Bréfritari: Halldór Pétursson
Viðtakandi: Jón Borgfirðingur
Dagsetning: A-1862-05-13
Skrifað á: Illugastöðum í Fnjóskadal  S-Þing.

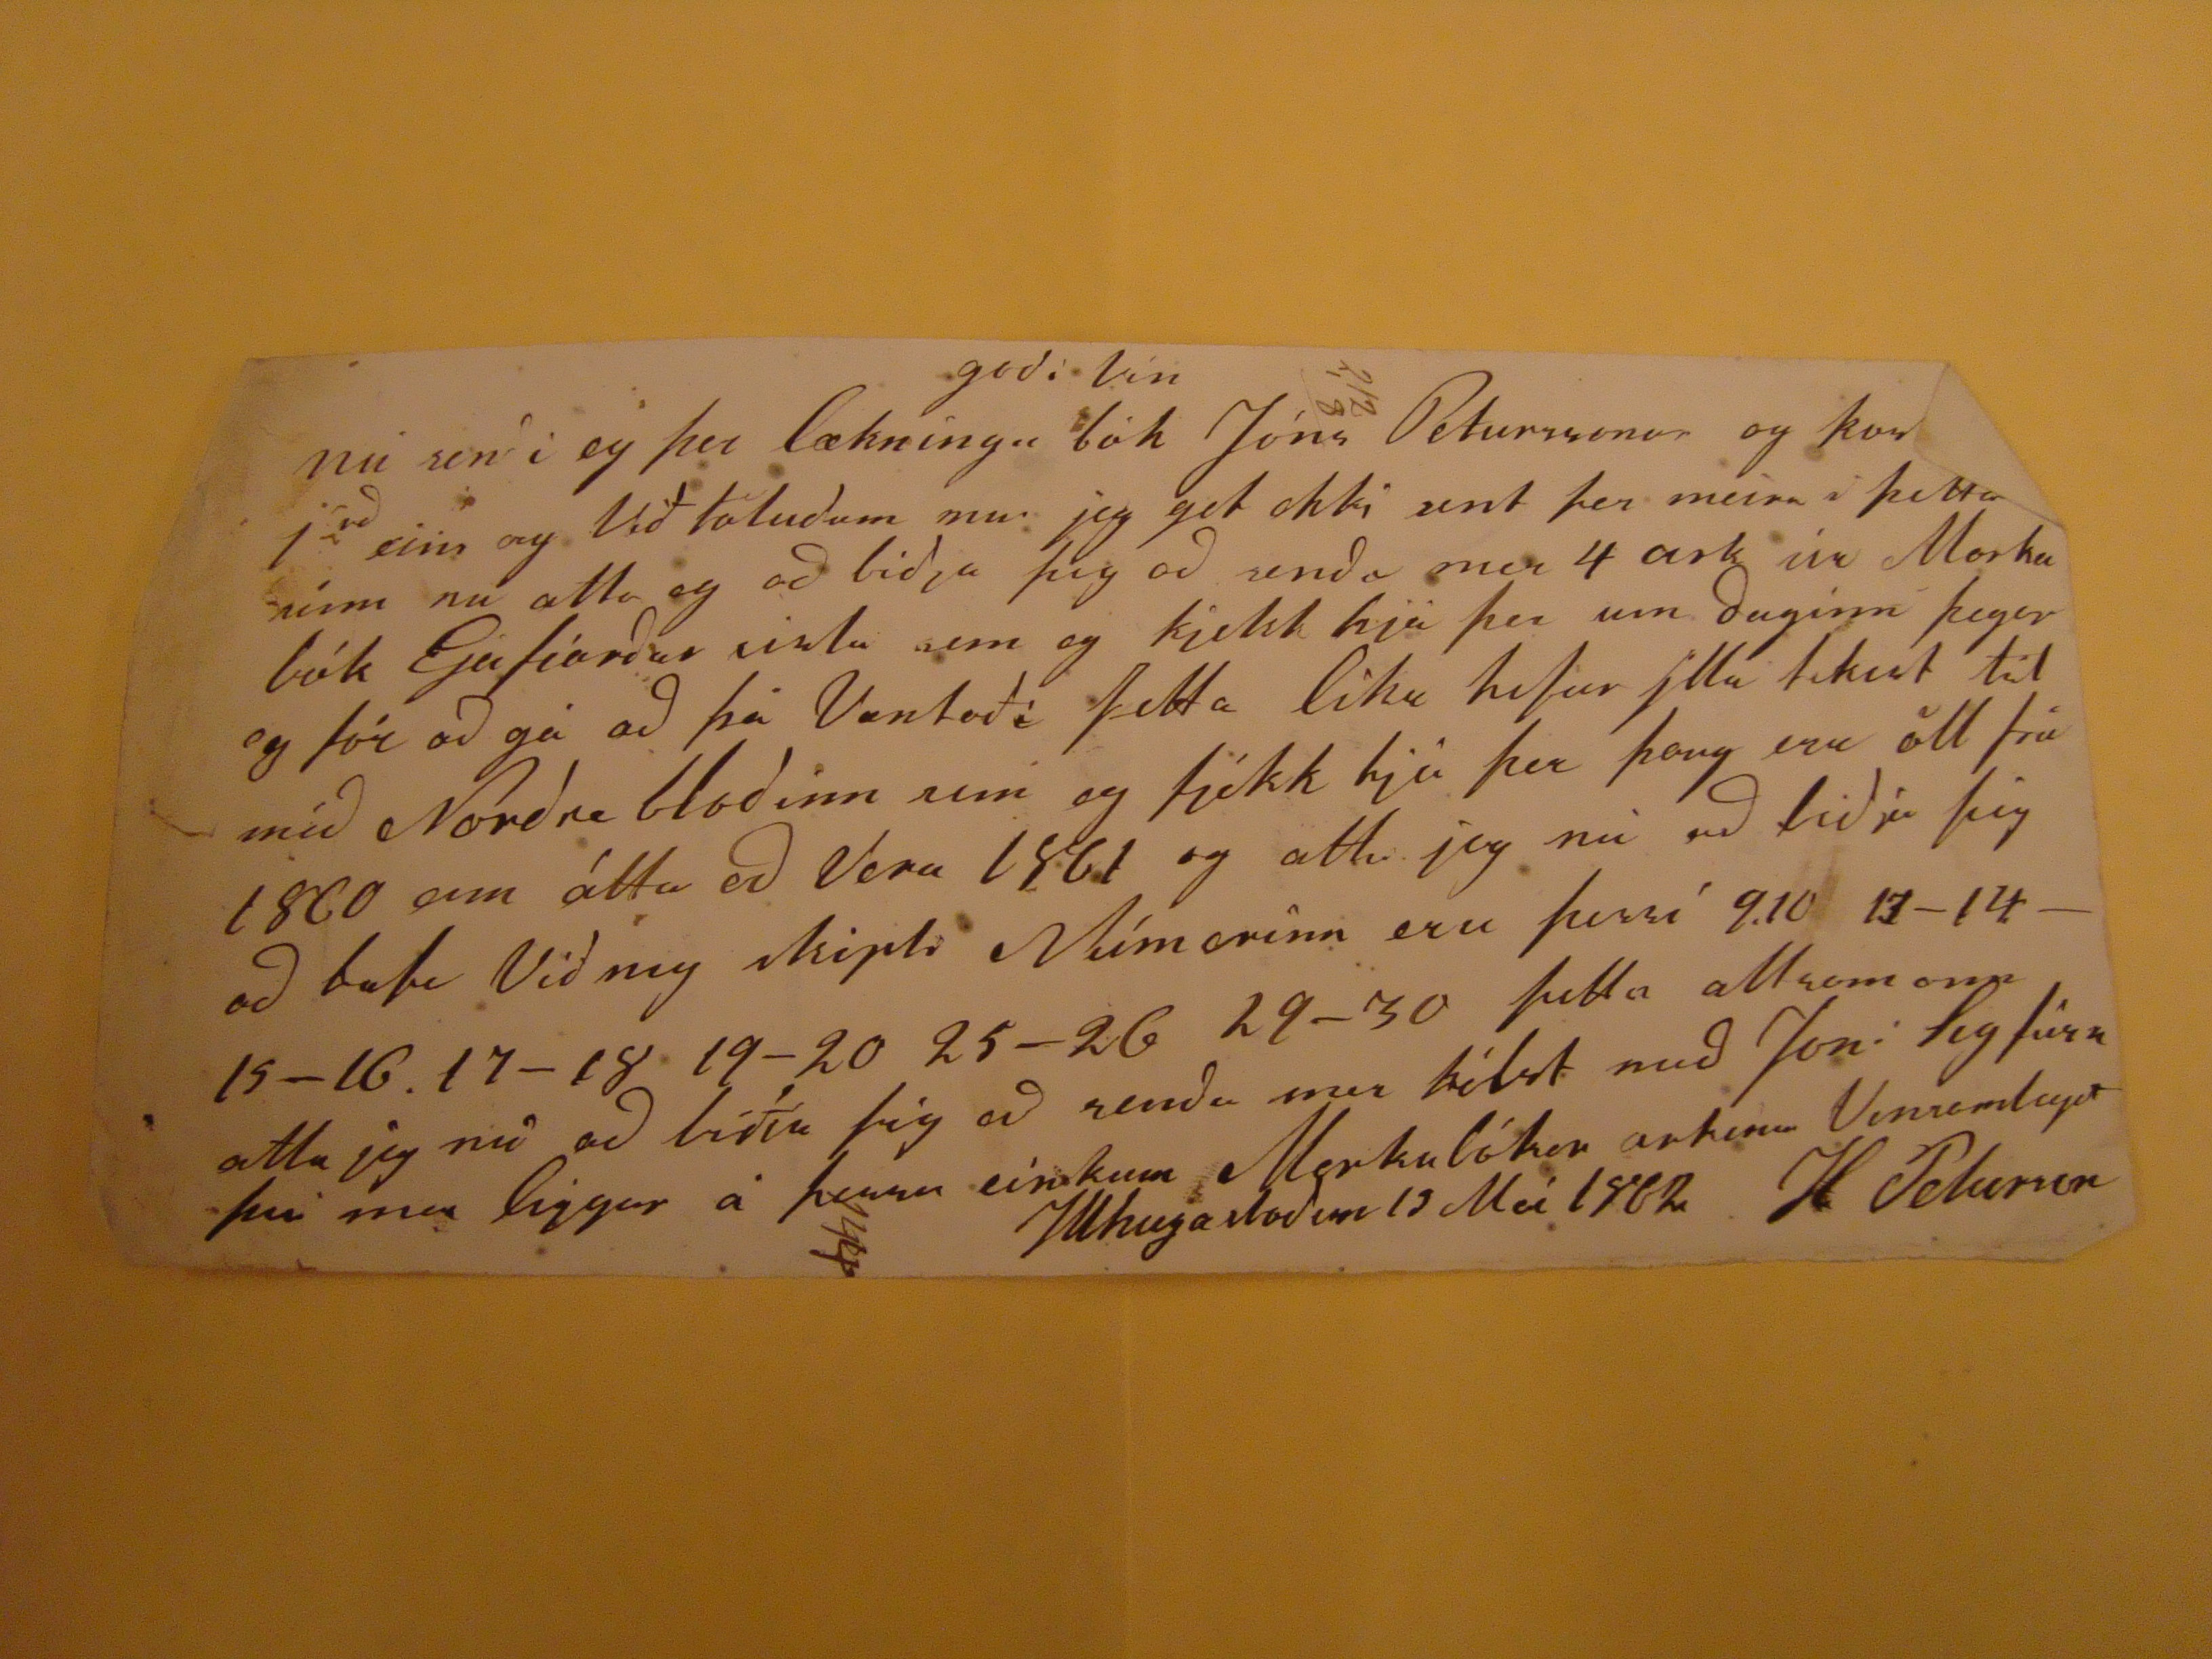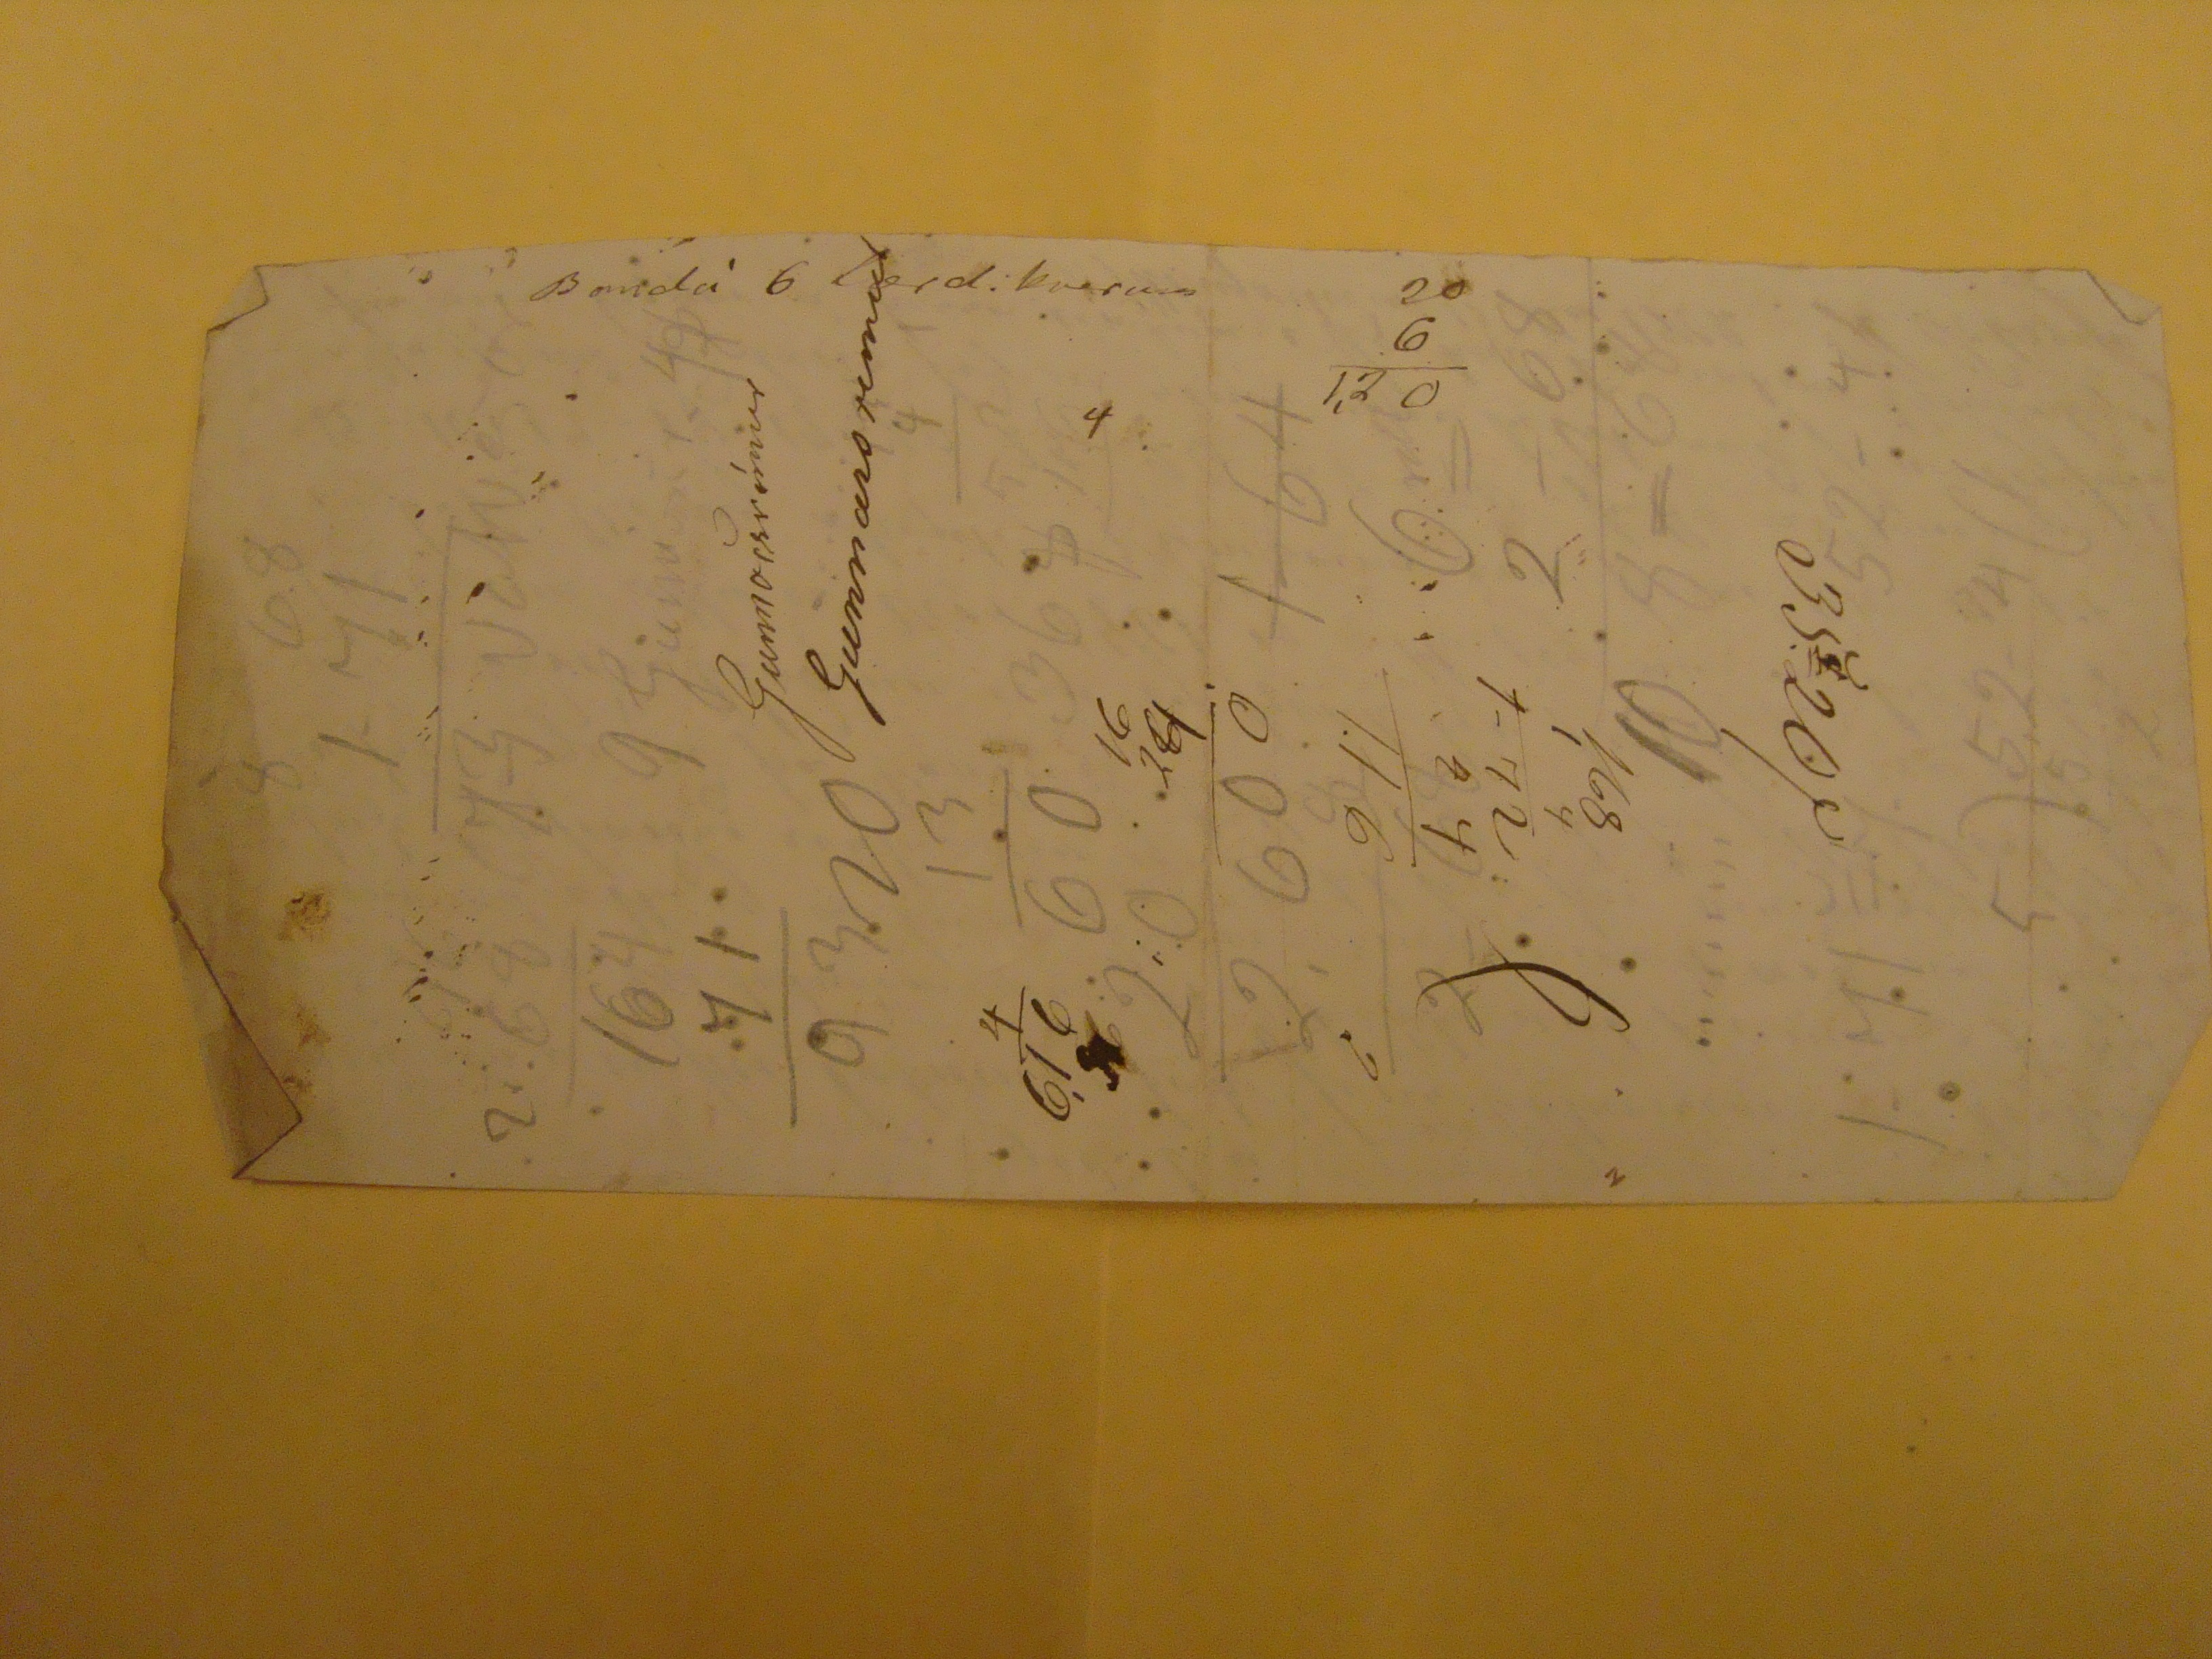

godi Vin
nú sendi eg þer lækninga bók Jóns Péturssonar og kom
j ad
eins og Við töludum
um
jeg get ekki sent þer meira i þetta sinn nu ætla eg ad bidja þig ad senda mer 4 ark úr
Morku
bók Ejafiardar sislu sem eg fjekk hjá þer um daginn þegar eg fór ad gá ad þá Vantaði þetta líka hefur jlla tekist til mid Nordra blodinn um og fjekk hjá þer þaug eru öll frá 1860 sem áttu ad Vera 1861 og attu jeg nu ad bidja þig ad tala Við mig skipti Númerinn eru þessi 9.10 13-14-15-16. 17-18 19-20 25-26 29-30 þetta altsamann ætla jeg nú ad biðja þig ad senda mer hilst med Joni Sigfúss þvi mer liggur á þessu einkum Merkubókar arkinn Vinsamlegat
H Peturson
Illhugastodum 13 Maí 1862